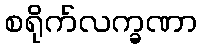
စရိုက်လက္ခဏာ